First report of the anti-malarial operations at Mian Mir, 1901-1903 - Number 6
Year: 1901
Disease focus: Malaria
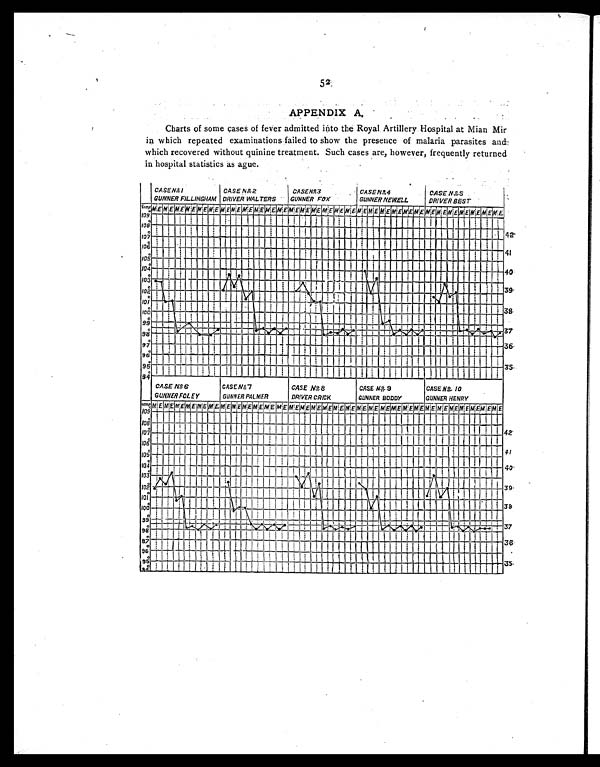
52
APPENDIX A.
Charts of some cases of fever admitted into the Royal Artillery Hospital at Mian Mir
in which repeated examinations failed to show the presence of malaria parasites
a n d w h i c h r e c o v e r e d w i t h o u t q u i n i n e t r e a t m e n t . S u c h c a s e s a r e , h o w e v e r , f r e q u e n t l y r e t u r n e d
in hospital statistics as ague.